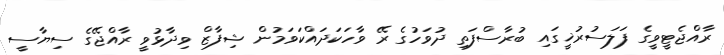
ރާއްޖެޓީވީގެ ފަލަސުރުޚީގައި ބުރާސްފަތި ދުވަހުގެ ރޭ ވާހަކަދައްކަވަމުން ޝިފާޒް ވިދާޅުވީ ރާއްޖޭގެ ސިޔާސީ